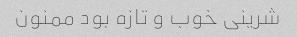
شرینی خوب و تازه بود ممنون